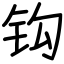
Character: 钩